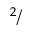
^ 2 /